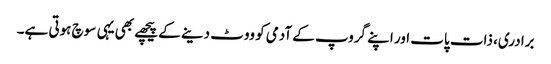
برادری، ذات پات اور اپنے گروپ کے آدمی کو ووٹ دینے کے پیچھے بھی یہی سوچ ہوتی ہے۔